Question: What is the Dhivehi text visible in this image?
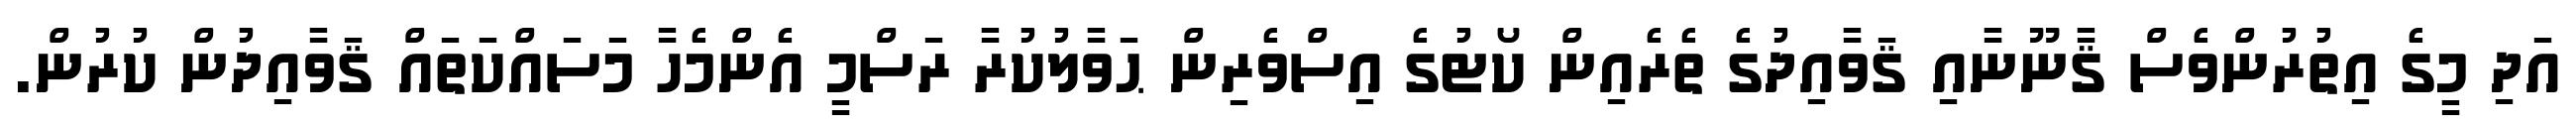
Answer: އަދި މީގެ އިތުރުންވެސް ޤާނޫނާއި ޤަވާއިދުގެ ތެރެއިން ކޯޓުގެ އިސްވެރިން ޙަވާލުކުރާ ރަސްމީ އެންމެހާ މަސައްކަތައް ޤަވާއިދުން ކުރުން.